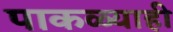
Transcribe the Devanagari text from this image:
पाकळ्याही